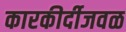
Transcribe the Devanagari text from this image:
कारकीर्दीजवळ